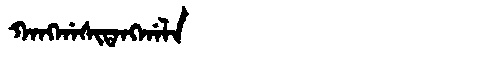
Manchu: ᡴᠠᠩᡤᠠᠰᡳᡨᠠᠩᡤᠠᠯᠠ
Romanization: KANGGASITANGGALA